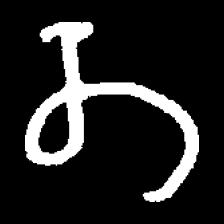
Pyu character \u2014 Myanmar letter: တ (romanized: ta)